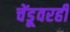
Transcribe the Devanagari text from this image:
चेंडूवरही